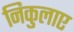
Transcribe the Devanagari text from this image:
निकुलाए